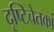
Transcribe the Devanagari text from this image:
दृष्टिचेतकां